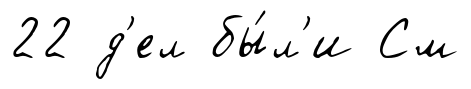
22 д'ел бы́л'и См